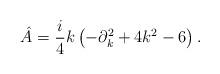
LaTeX: \begin{align*}\hat{A} = \frac{i}{4} k \left( -\partial_k^2 + 4 k^2 - 6 \right).\end{align*}